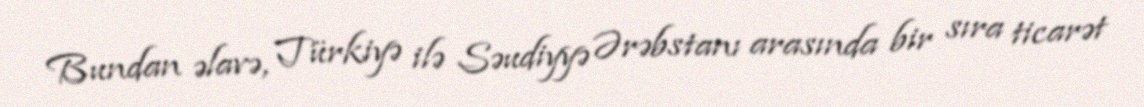
Bundan əlavə, Türkiyə ilə Səudiyyə Ərəbstanı arasında bir sıra ticarət